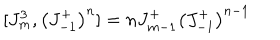
[ J _ { m } ^ { 3 } , \left( J _ { - 1 } ^ { + } \right) ^ { n } ] = n J _ { m - 1 } ^ { + } \left( J _ { - 1 } ^ { + } \right) ^ { n - 1 }